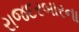
રાજદરબારના